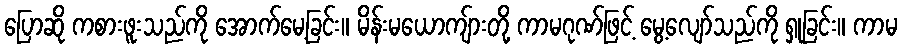
ပြောဆို ကစားဖူးသည်ကို အောက်မေ့ခြင်း။ မိန်းမယောကျ်ားတို့ ကာမဂုဏ်ဖြင့် မွေ့လျော်သည်ကို ရှုခြင်း။ ကာမ